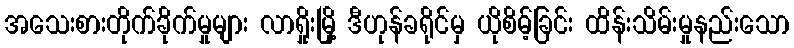
အသေးစားတိုက်ခိုက်မှုများ လာရှိုးမြို့ ဒီဟုန်ခရိုင်မှ ယိုစိမ့်ခြင်း ထိန်းသိမ်းမှုနည်းသော